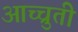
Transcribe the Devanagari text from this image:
आच्चुती